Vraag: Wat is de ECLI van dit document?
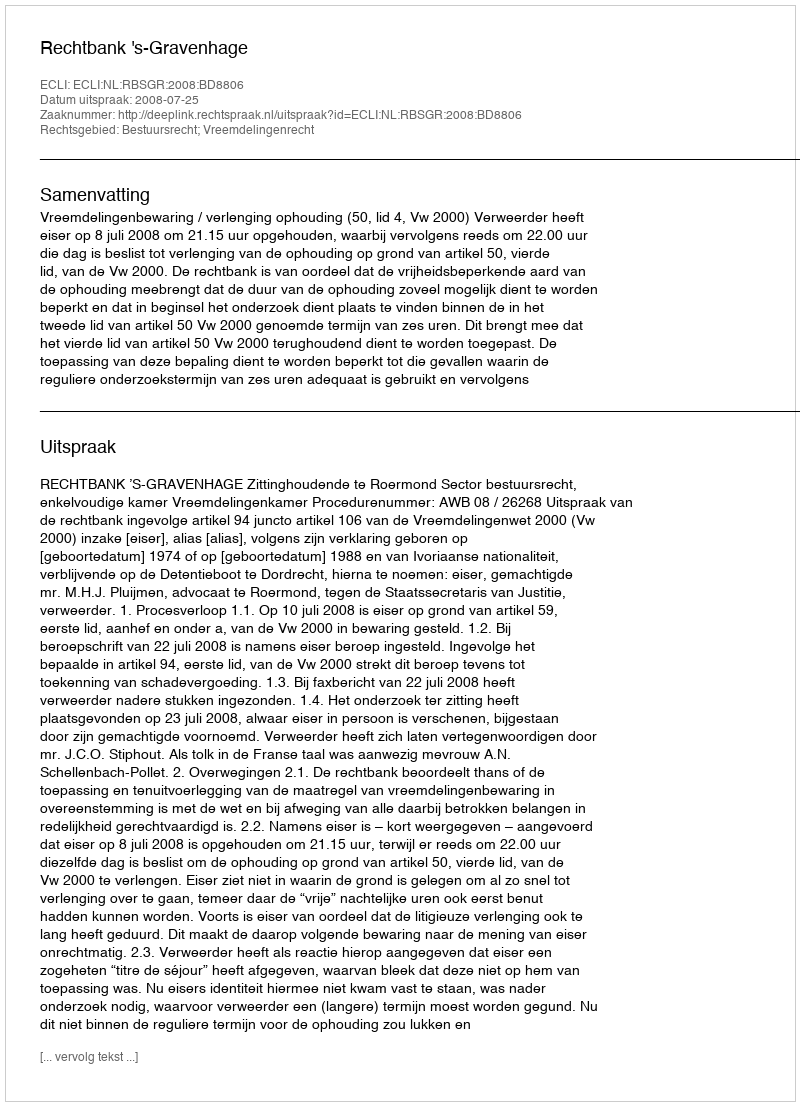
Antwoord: ECLI:NL:RBSGR:2008:BD8806